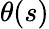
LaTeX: \theta(s)